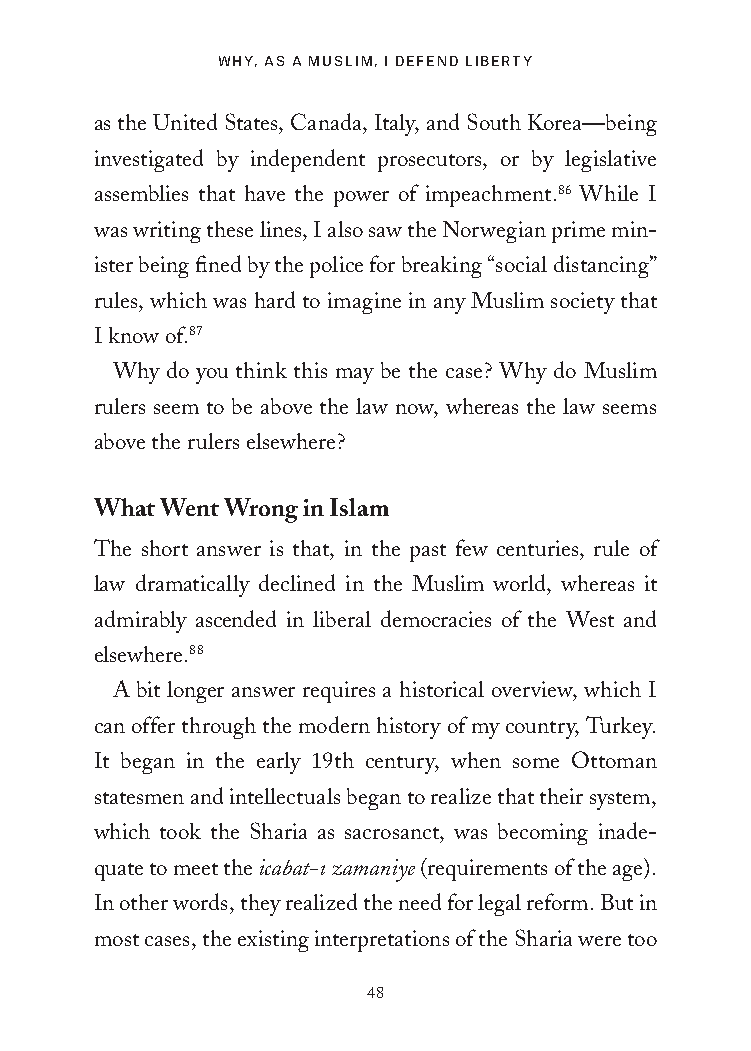
Why, as a MusliM, i DefenD liberty
 as the United States, Canada, Italy, and South Korea—being
 investigated by independent prosecutors, or by legislative
 assemblies that have the power of impeachment.86 While I
 was writing these lines, I also saw the Norwegian prime min-
 ister being fined by the police for breaking “social distancing”
 rules, which was hard to imagine in any Muslim society that
 I know of.87
 Why do you think this may be the case? Why do Muslim
 rulers seem to be above the law now, whereas the law seems
 above the rulers elsewhere?
 What Went Wrong in Islam
 The short answer is that, in the past few centuries, rule of
 law dramatically declined in the Muslim world, whereas it
 admirably ascended in liberal democracies of the West and
 elsewhere.88
 A bit longer answer requires a historical overview, which I
 can offer through the modern history of my country, Turkey.
 It began in the early 19th century, when some Ottoman
 statesmen and intellectuals began to realize that their system,
 which took the Sharia as sacrosanct, was becoming inade-
 quate to meet the icabat-ı zamaniye (requirements of the age).
 In other words, they realized the need for legal reform. But in
 most cases, the existing interpretations of the Sharia were too
 48
 25320_Ch03.indd 48                       6/25/21 4:57 AM